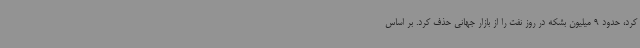
کرد، حدود 9 میلیون بشکه در روز نفت را از بازار جهانی حذف کرد. بر اساس